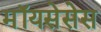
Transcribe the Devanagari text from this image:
मॉयसेसेस